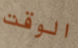
الوقت